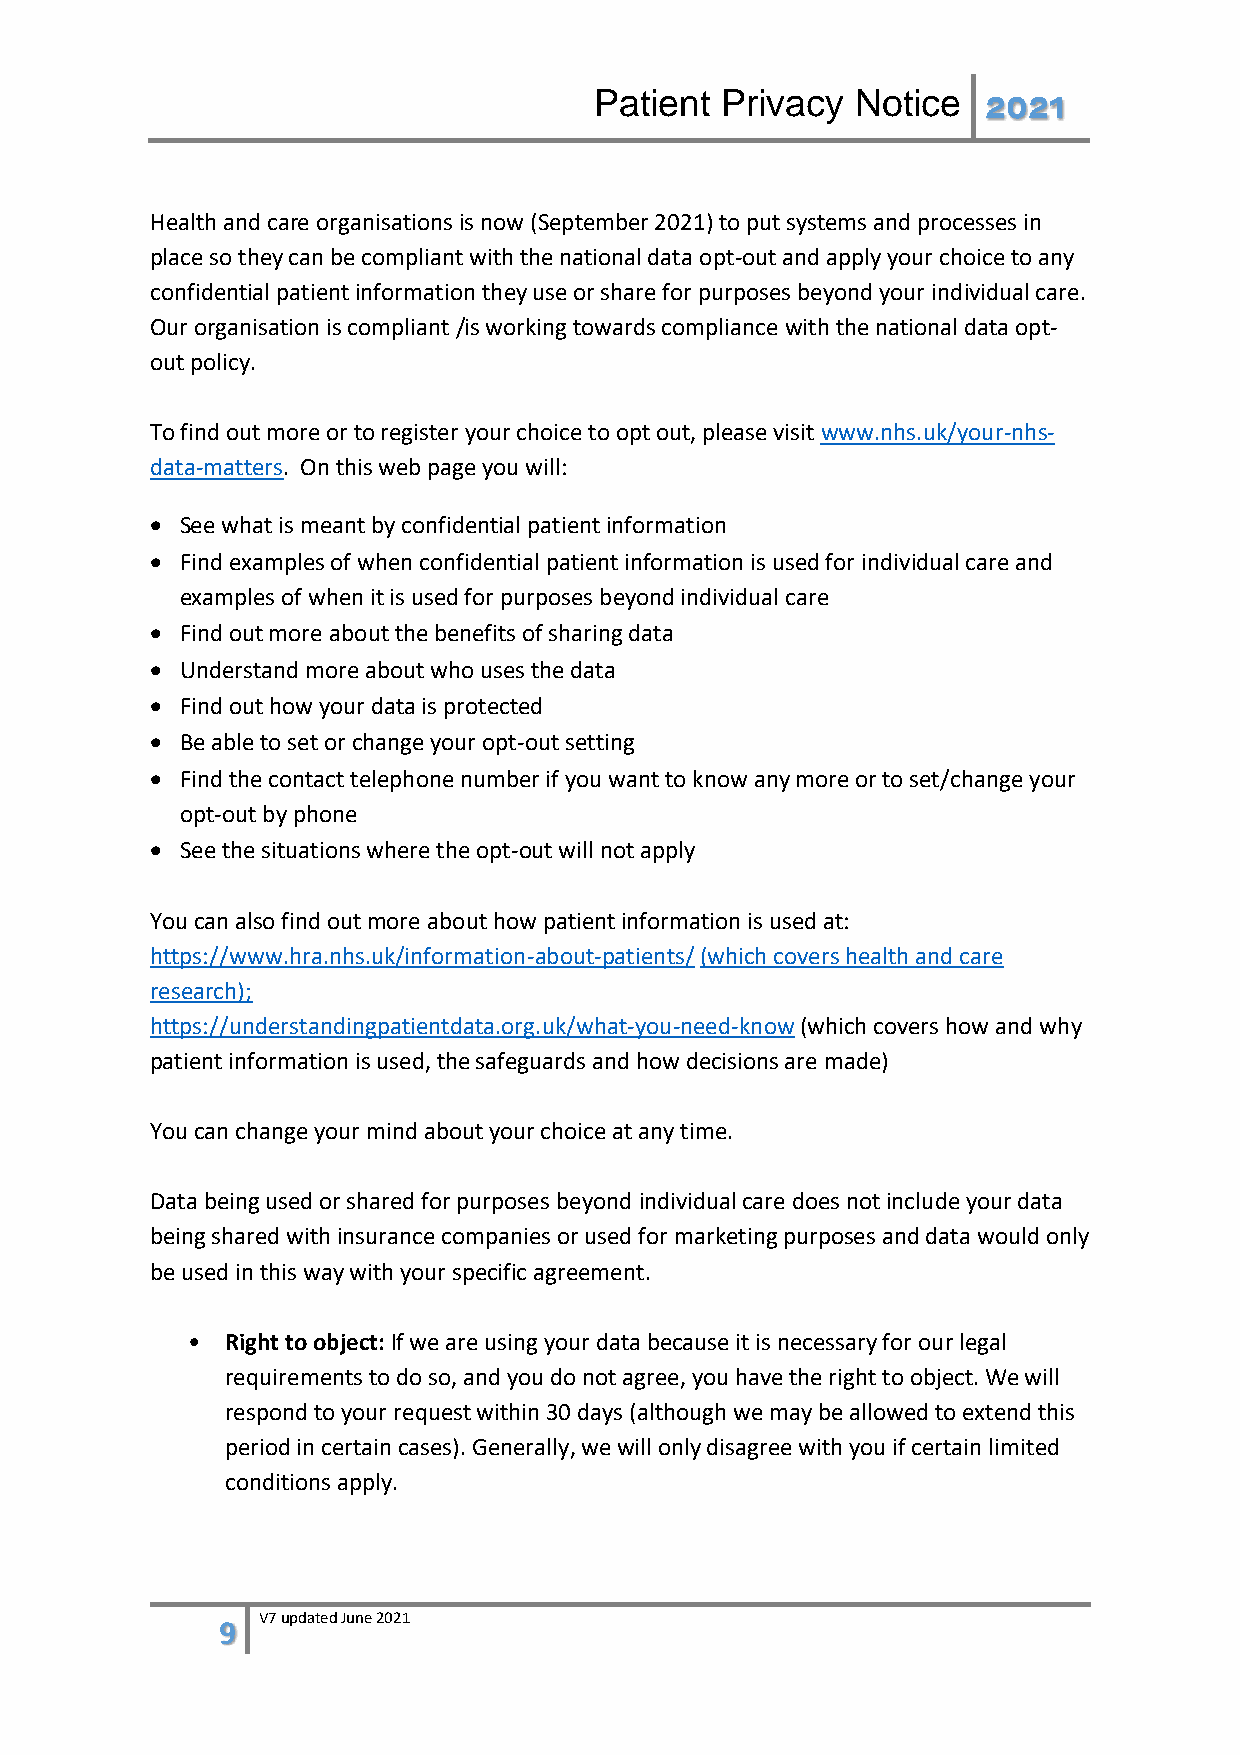
Patient  Privacy  Notice  2021
 Health and care organisations is now (September 2021) to put systems and processes in
 place so they can be compliant with the national data opt-out and apply your choice to any
 confidential patient information they use or share for purposes beyond your individual care.
 Our organisation is compliant /is working towards compliance with the national data opt-
 out policy.
 To find out more or to register your choice to opt out, please visit www.nhs.uk/your-nhs-
 data-matters. On this web page you will:
 • See what is meant by confidential patient information
 • Find examples of when confidential patient information is used for individual care and
 examples of when it is used for purposes beyond individual care
 • Find out more about the benefits of sharing data
 • Understand more about who uses the data
 • Find out how your data is protected
 • Be able to set or change your opt-out setting
 • Find the contact telephone number if you want to know any more or to set/change your
 opt-out by phone
 • See the situations where the opt-out will not apply
 You can also find out more about how patient information is used at:
 https://www.hra.nhs.uk/information-about-patients/ (which covers health and care
 research);
 https://understandingpatientdata.org.uk/what-you-need-know (which covers how and why
 patient information is used, the safeguards and how decisions are made)
 You can change your mind about your choice at any time.
 Data being used or shared for purposes beyond individual care does not include your data
 being shared with insurance companies or used for marketing purposes and data would only
 be used in this way with your specific agreement.
 •  Right to object: If we are using your data because it is necessary for our legal
 requirements to do so, and you do not agree, you have the right to object. We will
 respond to your request within 30 days (although we may be allowed to extend this
 period in certain cases). Generally, we will only disagree with you if certain limited
 conditions apply.
 9 V7 updated June 2021